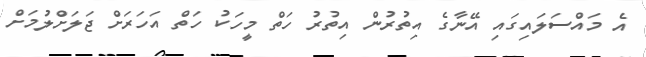
އެ މައްސަލައިގައި އޭނާގެ އިތުރުން އިތުރު ހަތް މީހަކު ހަތް އަހަރަށް ޖަލަށްލުމަށް